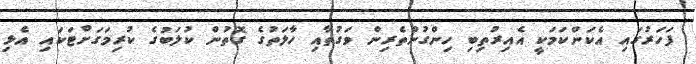
ފަހަރުގައި އެކަންކަމަކީ އެއިރުތިބި ހިންގުންތެރިން ވަގުތާއި ހާލަތުގެ ގޮތުން ކުލަބުގެ ކުރިމަގަށްޓަކައި އެޅި